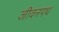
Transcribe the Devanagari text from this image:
जीवनपथ